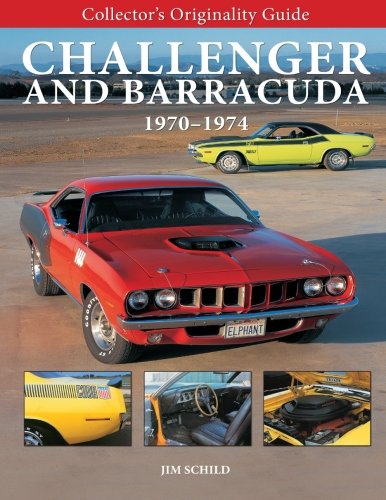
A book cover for Collector's Originality Guide Challenger and Barracuda 1970-1974; Jim Schild; Crafts, Hobbies & Home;